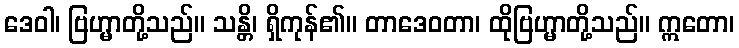
ဒေဝါ၊ ဗြဟ္မာတို့သည်။ သန္တိ၊ ရှိကုန်၏။ တာဒေဝတာ၊ ထိုဗြဟ္မာတို့သည်။ ဣတော၊